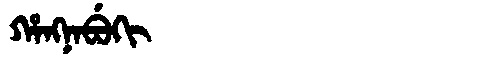
Manchu: ᡥᠠᠩᠨᠠᠪᡠᡴᡳ
Romanization: HANGNABUKI